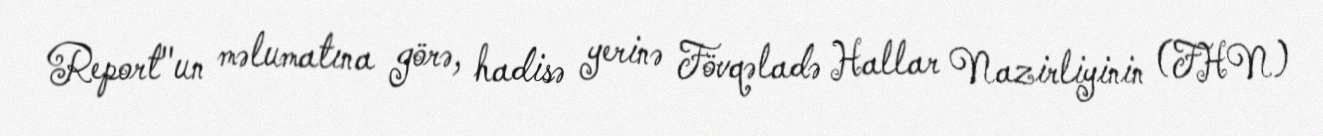
Report"un məlumatına görə, hadisə yerinə Fövqəladə Hallar Nazirliyinin (FHN)